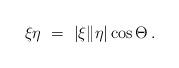
LaTeX: \begin{align*}\xi\eta\ =\ |\xi\|\eta|\cos\Theta\,.\end{align*}